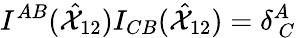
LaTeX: I^{AB}(\hat{{\cal X}}_{12})I_{CB}(\hat{{\cal X}}_{12})=\delta_{~C}^{A}